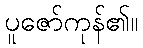
ပူဇော်ကုန်၏။